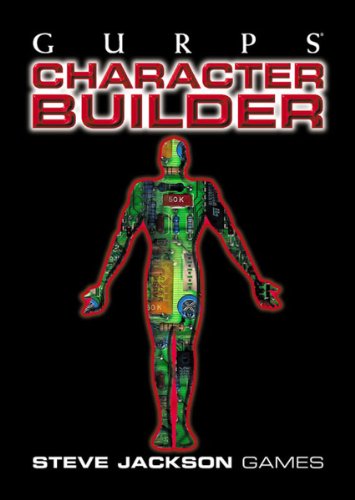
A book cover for GURPS Character Builder; Steve Jackson Games; Science Fiction & Fantasy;